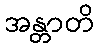
အန္တာတိ